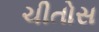
ચીતોસ